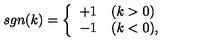
s g n ( k ) = \left\{ \begin{array} { l l } { + 1 } & { ( k > 0 ) } \\ { - 1 } & { ( k < 0 ) , } \\ \end{array} \right.